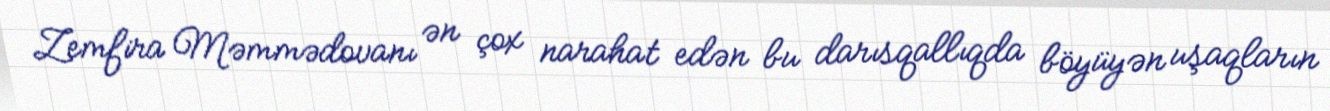
Zemfira Məmmədovanı ən çox narahat edən bu darısqallıqda böyüyən uşaqların